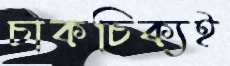
চাকচিক্যই